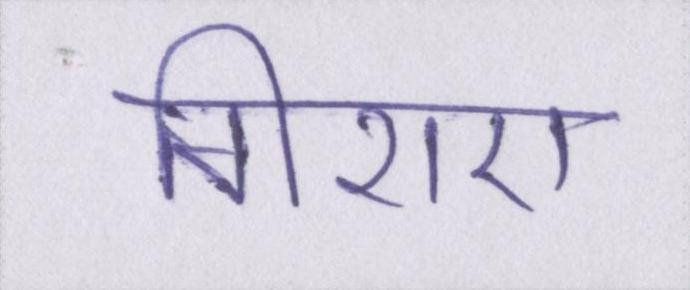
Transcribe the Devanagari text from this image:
गिराए